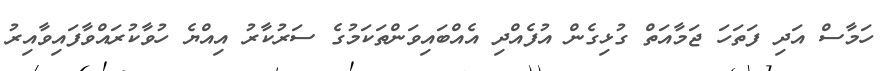
ހަމާސް އަދި ފަތަހަ ޖަމާއަތް ގުޅިގެން އުފެއްދި އެއްބައިވަންތަކަމުގެ ސަރުކާރު އިއްޔެ ހުވާކުރައްވާފައިވާއިރު